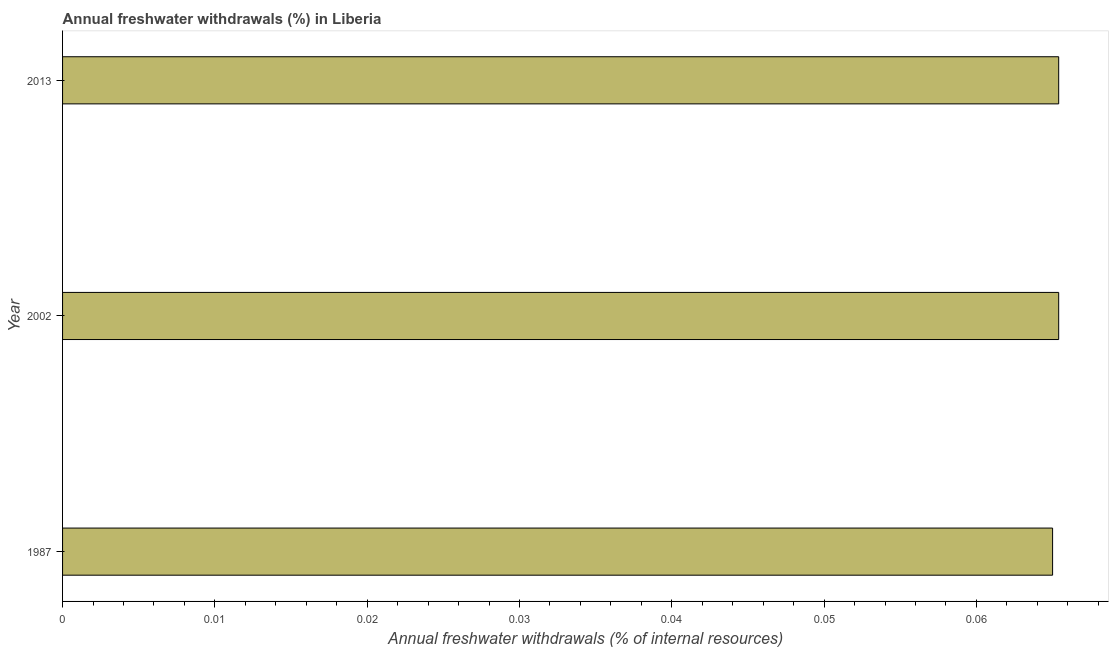
| Year | Annual freshwater withdrawals |
 | --- | --- |
 | 1987 | 0.065 |
 | 2002 | 0.0654 |
 | 2013 | 0.0654 |